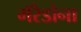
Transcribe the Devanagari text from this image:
मॅरेडोना